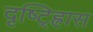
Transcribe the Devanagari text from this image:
दृष्ट्ह्रािस